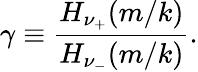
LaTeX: \gamma\equiv{\frac{H_{\nu_{+}}(m/k)}{H_{\nu_{-}}(m/k)}}.